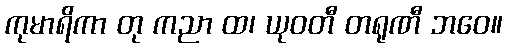
ကုမာရိကာ တု ကညာ ထ၊ ယုဝတီ တရုဏီ ဘဝေ။